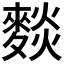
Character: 𮭽